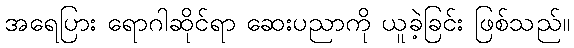
အရေပြား ရောဂါဆိုင်ရာ ဆေးပညာကို ယူခဲ့ခြင်း ဖြစ်သည်။